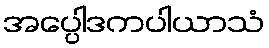
အပ္ပေါဒကပါယာသံ